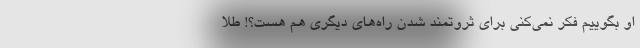
او بگوییم فکر نمی‌کنی برای ثروتمند شدن راه‌های دیگری هم هست؟! طلا